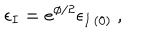
\epsilon _ { I } = e ^ { \phi / 2 } \epsilon _ { I \, ( 0 ) } \ ,